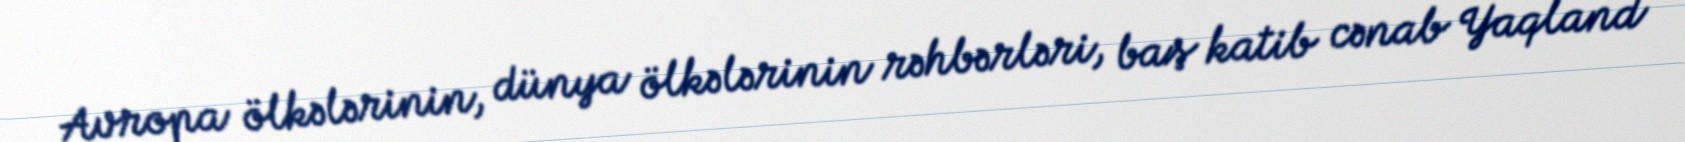
Avropa ölkələrinin, dünya ölkələrinin rəhbərləri, baş katib cənab Yaqland